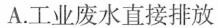
A.工业废水直接排放